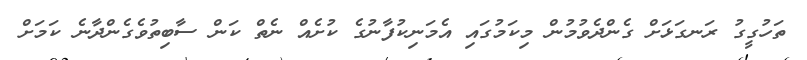
ތަހުގީގު ރަނގަޅަށް ގެންދެވުމުން މިކަމުގައި އެމަނިކުފާނުގެ ކުށެއް ނެތް ކަން ސާބިތުވެގެންދާނެ ކަމަށް